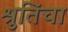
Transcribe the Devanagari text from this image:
श्रुतिंचा